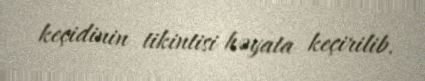
keçidinin tikintisi həyata keçirilib.